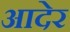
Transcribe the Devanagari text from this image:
आदेर